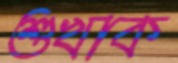
শুখাক